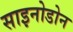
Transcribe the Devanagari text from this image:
साइनोडोन